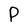
Character: P